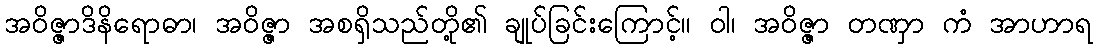
အဝိဇ္ဇာဒိနိရောဓာ၊ အဝိဇ္ဇာ အစရှိသည်တို့၏ ချုပ်ခြင်းကြောင့်။ ဝါ၊ အဝိဇ္ဇာ တဏှာ ကံ အာဟာရ